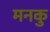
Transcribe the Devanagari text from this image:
मनकु